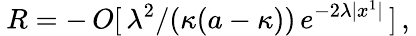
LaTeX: \: R=-\, O[\, \lambda^{2}/(\kappa(a-\kappa))\, e^{-2\lambda|x^{1}|}\, ]\, ,\: